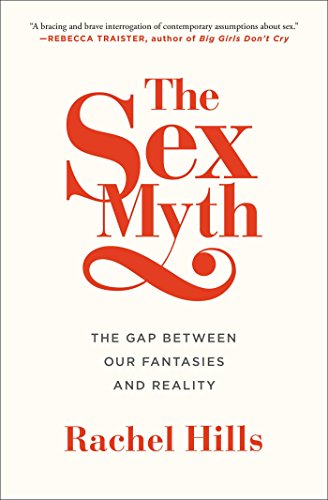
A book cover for The Sex Myth: The Gap Between Our Fantasies and Reality; Rachel Hills; Health, Fitness & Dieting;